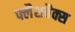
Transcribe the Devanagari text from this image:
फ्लैशबैक्स